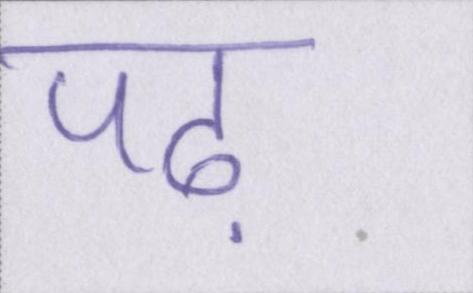
पढ़